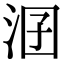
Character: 𣳲